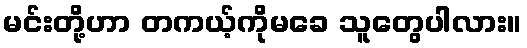
မင်းတို့ဟာ တကယ့်ကိုမခေ သူတွေပါလား။